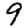
Digit: 9